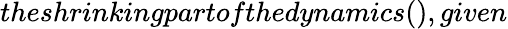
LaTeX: theshrinkingpartofthedynamics(),given